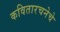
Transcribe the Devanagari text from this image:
कवितारचनेचे